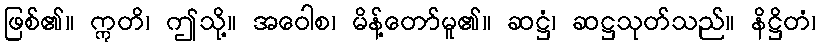
ဖြစ်၏။ ဣတိ၊ ဤသို့။ အဝေါစ၊ မိန့်တော်မူ၏။ ဆဋ္ဌံ၊ ဆဋ္ဌသုတ်သည်။ နိဋ္ဌိတံ၊